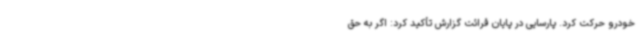
خودرو حرکت کرد. پارسایی در پایان قرائت گزارش تأکید کرد: اگر به حق